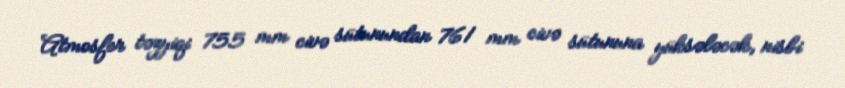
Atmosfer təzyiqi 755 mm civə sütunundan 761 mm civə sütununa yüksələcək, nisbi